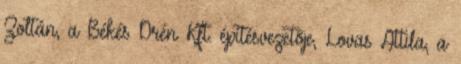
Zoltán, a Békés Drén Kft. építésvezetõje, Lovas Attila, a